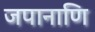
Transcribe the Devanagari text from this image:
जपानाणि